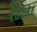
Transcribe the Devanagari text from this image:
रेशेटनेव